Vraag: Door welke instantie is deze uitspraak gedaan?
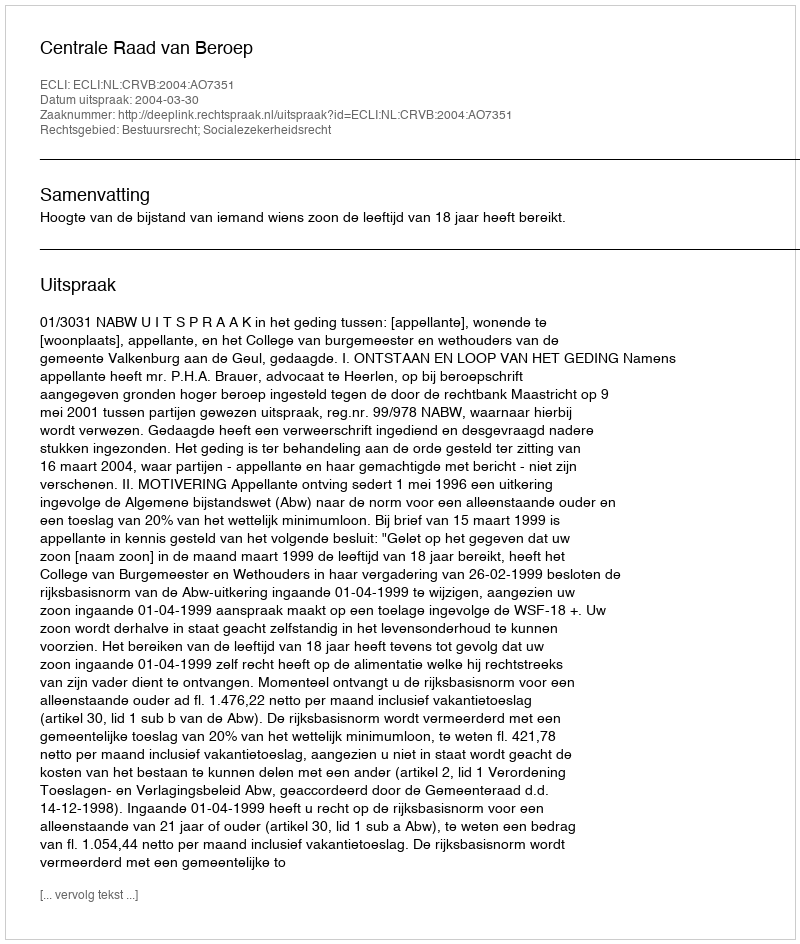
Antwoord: Centrale Raad van Beroep